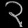
Digit: ၃